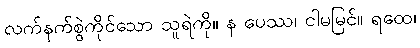
လက်နက်စွဲကိုင်သော သူရဲကို။ န ပေဿ၊ ငါမမြင်။ ရထေ၊